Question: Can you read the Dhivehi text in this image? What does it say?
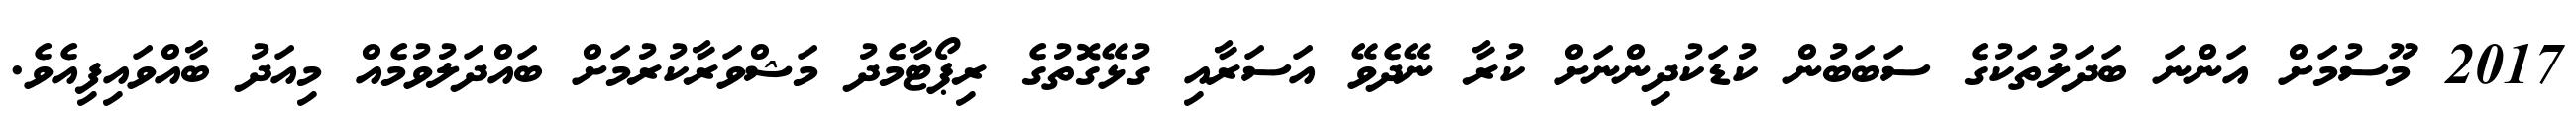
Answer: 2017 މޫސުމަށް އަންނަ ބަދަލުތަކުގެ ސަބަބުން ކުޑަކުދިންނަށް ކުރާ ނޭދެވޭ އަސަރާއި ގުޅޭގޮތުގެ ރިޕޯޓާމެދު މަޝްވަރާކުރުމަށް ބައްދަލުވުމެއް މިއަދު ބާއްވައިފިއެވެ.